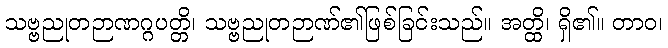
သဗ္ဗညုတဉာဏဂ္ဂပတ္တိ၊ သဗ္ဗညုတဉာဏ်၏ဖြစ်ခြင်းသည်။ အတ္ထိ၊ ရှိ၏။ တာဝ၊